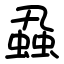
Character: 蝨